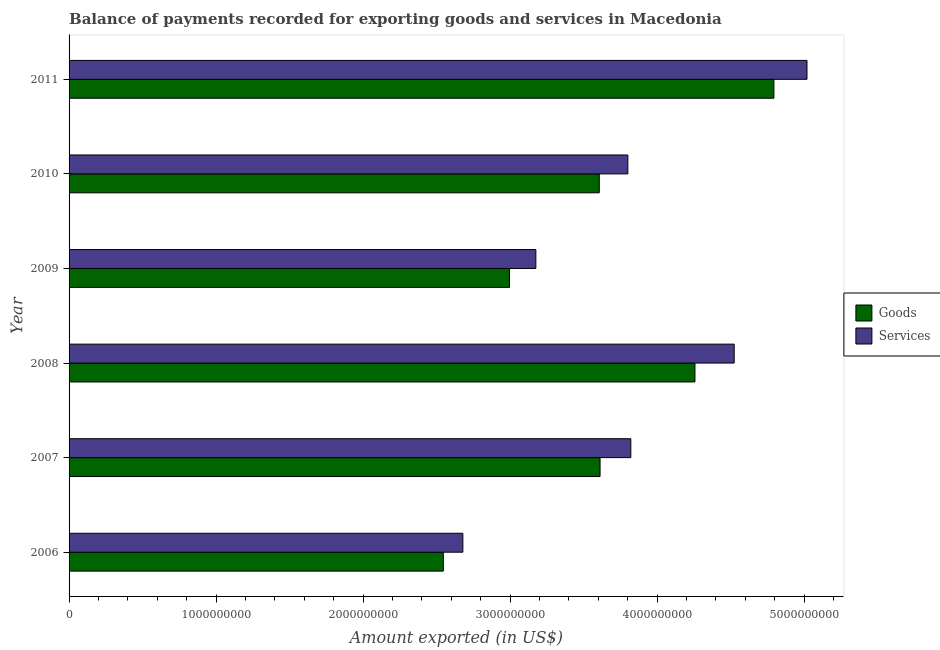
| Year | Goods | Services |
 | --- | --- | --- |
 | 2006 | 2.55e+09 | 2.68e+09 |
 | 2007 | 3.61e+09 | 3.82e+09 |
 | 2008 | 4.26e+09 | 4.52e+09 |
 | 2009 | 3e+09 | 3.18e+09 |
 | 2010 | 3.61e+09 | 3.8e+09 |
 | 2011 | 4.79e+09 | 5.02e+09 |